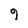
Character: 9